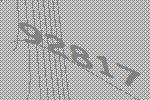
92817